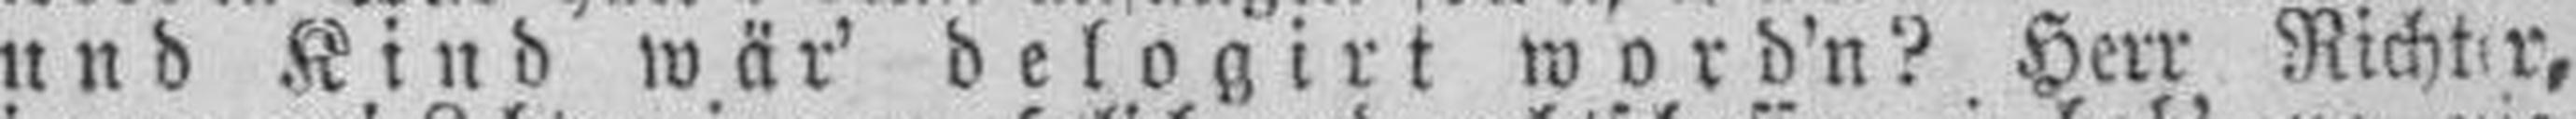
und Kind wär' delogirt word'n? Herr Richter,